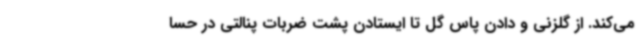
می‌کند. از گلزنی و دادن پاس گل تا ایستادن پشت ضربات پنالتی در حسا